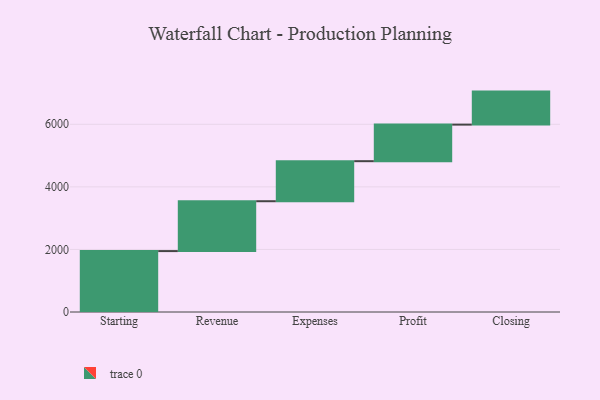
{"axis": {"x": "Step", "y": "Value"}, "legend": [""], "data": [{"x": "Starting", "y": 1947.0, "type": ""}, {"x": "Revenue", "y": 1594.0, "type": ""}, {"x": "Expenses", "y": 1280.0, "type": ""}, {"x": "Profit", "y": 1169.0, "type": ""}, {"x": "Closing", "y": 1055.0, "type": ""}]}